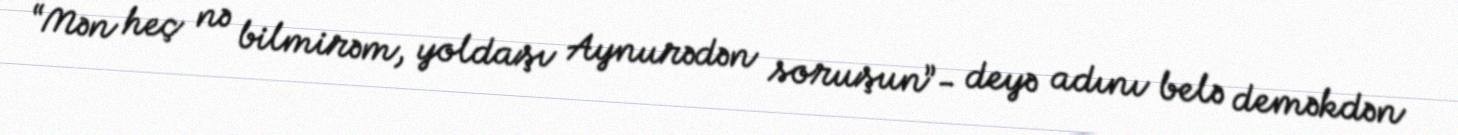
“Mən heç nə bilmirəm, yoldaşı Aynurədən soruşun”- deyə adını belə deməkdən